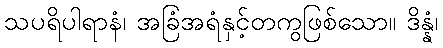
သပရိပါရာနံ၊ အခြံအရံနှင့်တကွဖြစ်သော။ ဒိန္နံ၊